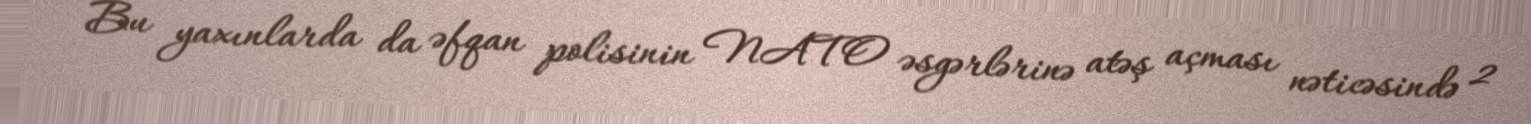
Bu yaxınlarda da əfqan polisinin NATO əsgərlərinə atəş açması nəticəsində 2